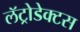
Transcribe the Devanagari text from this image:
लॅट्रोडेक्टस